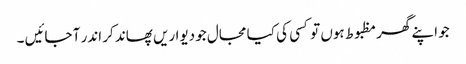
جو اپنے گھر مظبوط ہوں تو کسی کی کیا مجال جو دیواریں پھاند کر اندر آ جائیں ۔